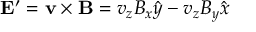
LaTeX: \mathbf { E ^ { \prime } } = \mathbf { v } \times \mathbf { B } = v _ { z } B _ { x } { \hat { y } } - v _ { z } B _ { y } { \hat { x } }